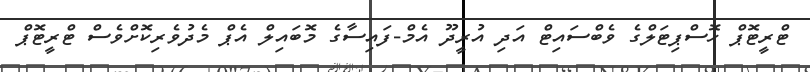
ޓްރީޓޮޕް ހޮސްޕިޓަލްގެ ވެބްސައިޓް އަދި އުރީދޫ އެމް-ފައިސާގެ މޮބައިލް އެޕް މެދުވެރިކޮށްވެސް ޓްރީޓޮޕް